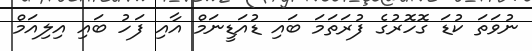
ނުވަތަ ކުޑަ ގޮހޮރުގެ ފުރަތަމަ ބައި ޑުއަޑީނަމް އާއި ފަހު ބައި އިލިއަމް